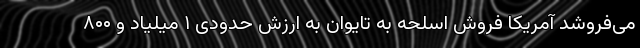
می‌فروشد آمریکا فروش اسلحه به تایوان به ارزش حدودی ۱ میلیاد و ۸۰۰